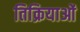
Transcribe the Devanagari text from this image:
तिक्रियाओं